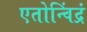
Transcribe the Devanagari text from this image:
एतोन्विंद्रं